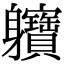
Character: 軉